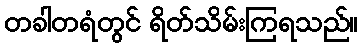
တခါတရံတွင် ရိတ်သိမ်းကြရသည်။